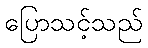
ပြောသင့်သည်